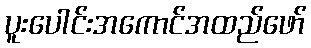
ပူးပေါင်းအကောင်အထည်ဖော်